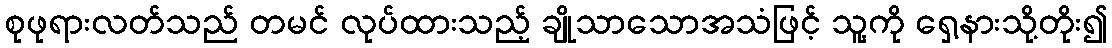
စုဖုရားလတ်သည် တမင် လုပ်ထားသည့် ချိုသာသောအသံဖြင့် သူ့ကို ရှေ့နားသို့တိုး၍